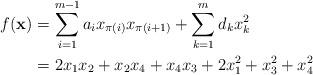
LaTeX: \begin{align*}f(\mathbf{x}) &= \sum_{i=1}^{m-1} a_{i}x_{\pi(i)}x_{\pi(i+1)}+\sum_{k=1}^{m} d_{k}x_{k}^{2}\\&= 2x_{1}x_{2}+x_{2}x_{4}+x_{4}x_{3}+2x_{1}^{2}+x_{3}^{2}+x_{4}^{2}\end{align*}